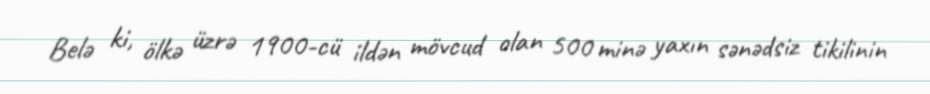
Belə ki, ölkə üzrə 1900-cü ildən mövcud olan 500 minə yaxın sənədsiz tikilinin